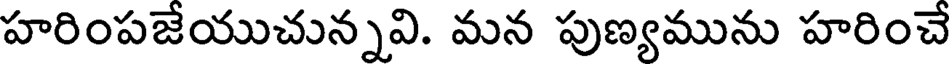
హరింపజేయుచున్నవి. మన పుణ్యమును హరించే